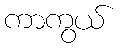
ကာကွယ်